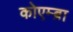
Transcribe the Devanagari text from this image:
कोएम्ब्रा